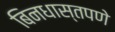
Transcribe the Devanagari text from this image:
बिनधास्तपणे